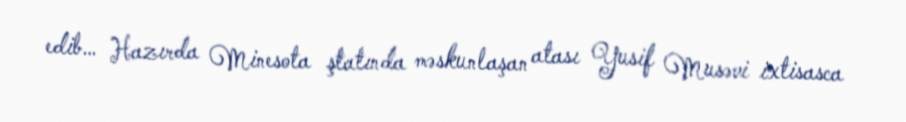
edib… Hazırda Minesota ştatında məskunlaşan atası Yusif Musəvi ixtisasca